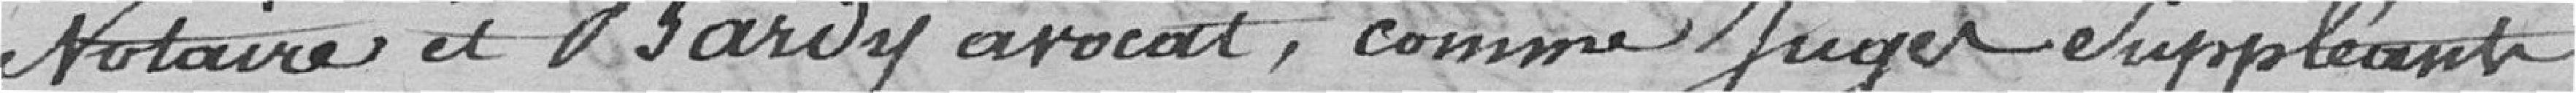
notaire et Bardy avocat, comme juge suppléant